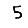
Digit: 5